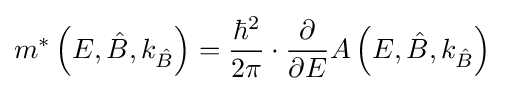
m^{*}\left(E,{\hat {B}},k_{\hat {B}}\right)={\frac {\hbar ^{2}}{2\pi }}\cdot {\frac {\partial }{\partial E}}A\left(E,{\hat {B}},k_{\hat {B}}\right)